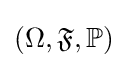
(\Omega ,{\mathfrak {F}},\mathbb {P} )